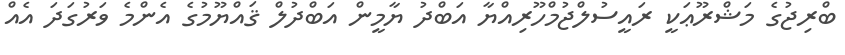
ބްރިޖުގެ މަޝްރޫޢަކީ ރައީސުލްޖުމްހޫރިއްޔާ އަބްދު ޔާމީން އަބްދުލް ޤައްޔޫމުގެ އެންމެ ވަރުގަދަ އެއް